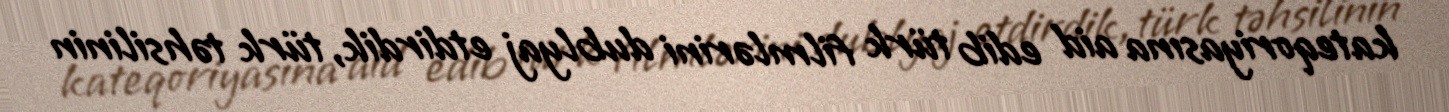
kateqoriyasına aid edib türk filmlərini dublyaj etdirdik, türk təhsilinin